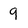
Character: 9